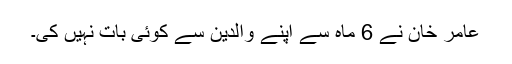
عامر خان نے 6 ماہ سے اپنے والدین سے کوئی بات نہیں کی۔